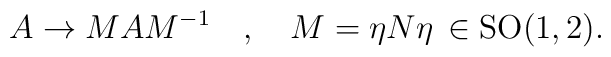
A \rightarrow MAM^{-1} \quad,\quad M = \eta N\eta\,\in{\rm SO(1,2).}